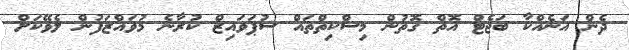
ދެން އަނެއްކާ ބަޖެޓް އޮތް ގޮތުން މިސްކިތްތައް ސުޕަވައިޒް ކުރާނެ މުވައްޒަފުން ލެވޭކަށް